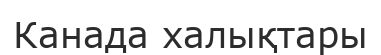
Канада халықтары